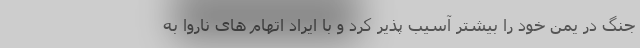
جنگ در یمن خود را بیشتر آسیب پذیر کرد و با ایراد اتهام های ناروا به